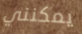
يمكنني